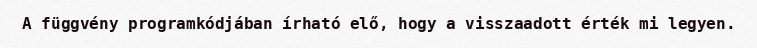
A függvény programkódjában írható elő, hogy a visszaadott érték mi legyen.